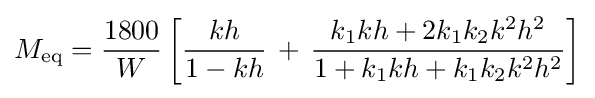
M_{\mathrm {eq} }={\frac {1800}{W}}\left[{\frac {kh}{1-kh}}\,+\,{\frac {k_{1}kh+2k_{1}k_{2}k^{2}h^{2}}{1+k_{1}kh+k_{1}k_{2}k^{2}h^{2}}}\right]